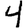
Digit: 4